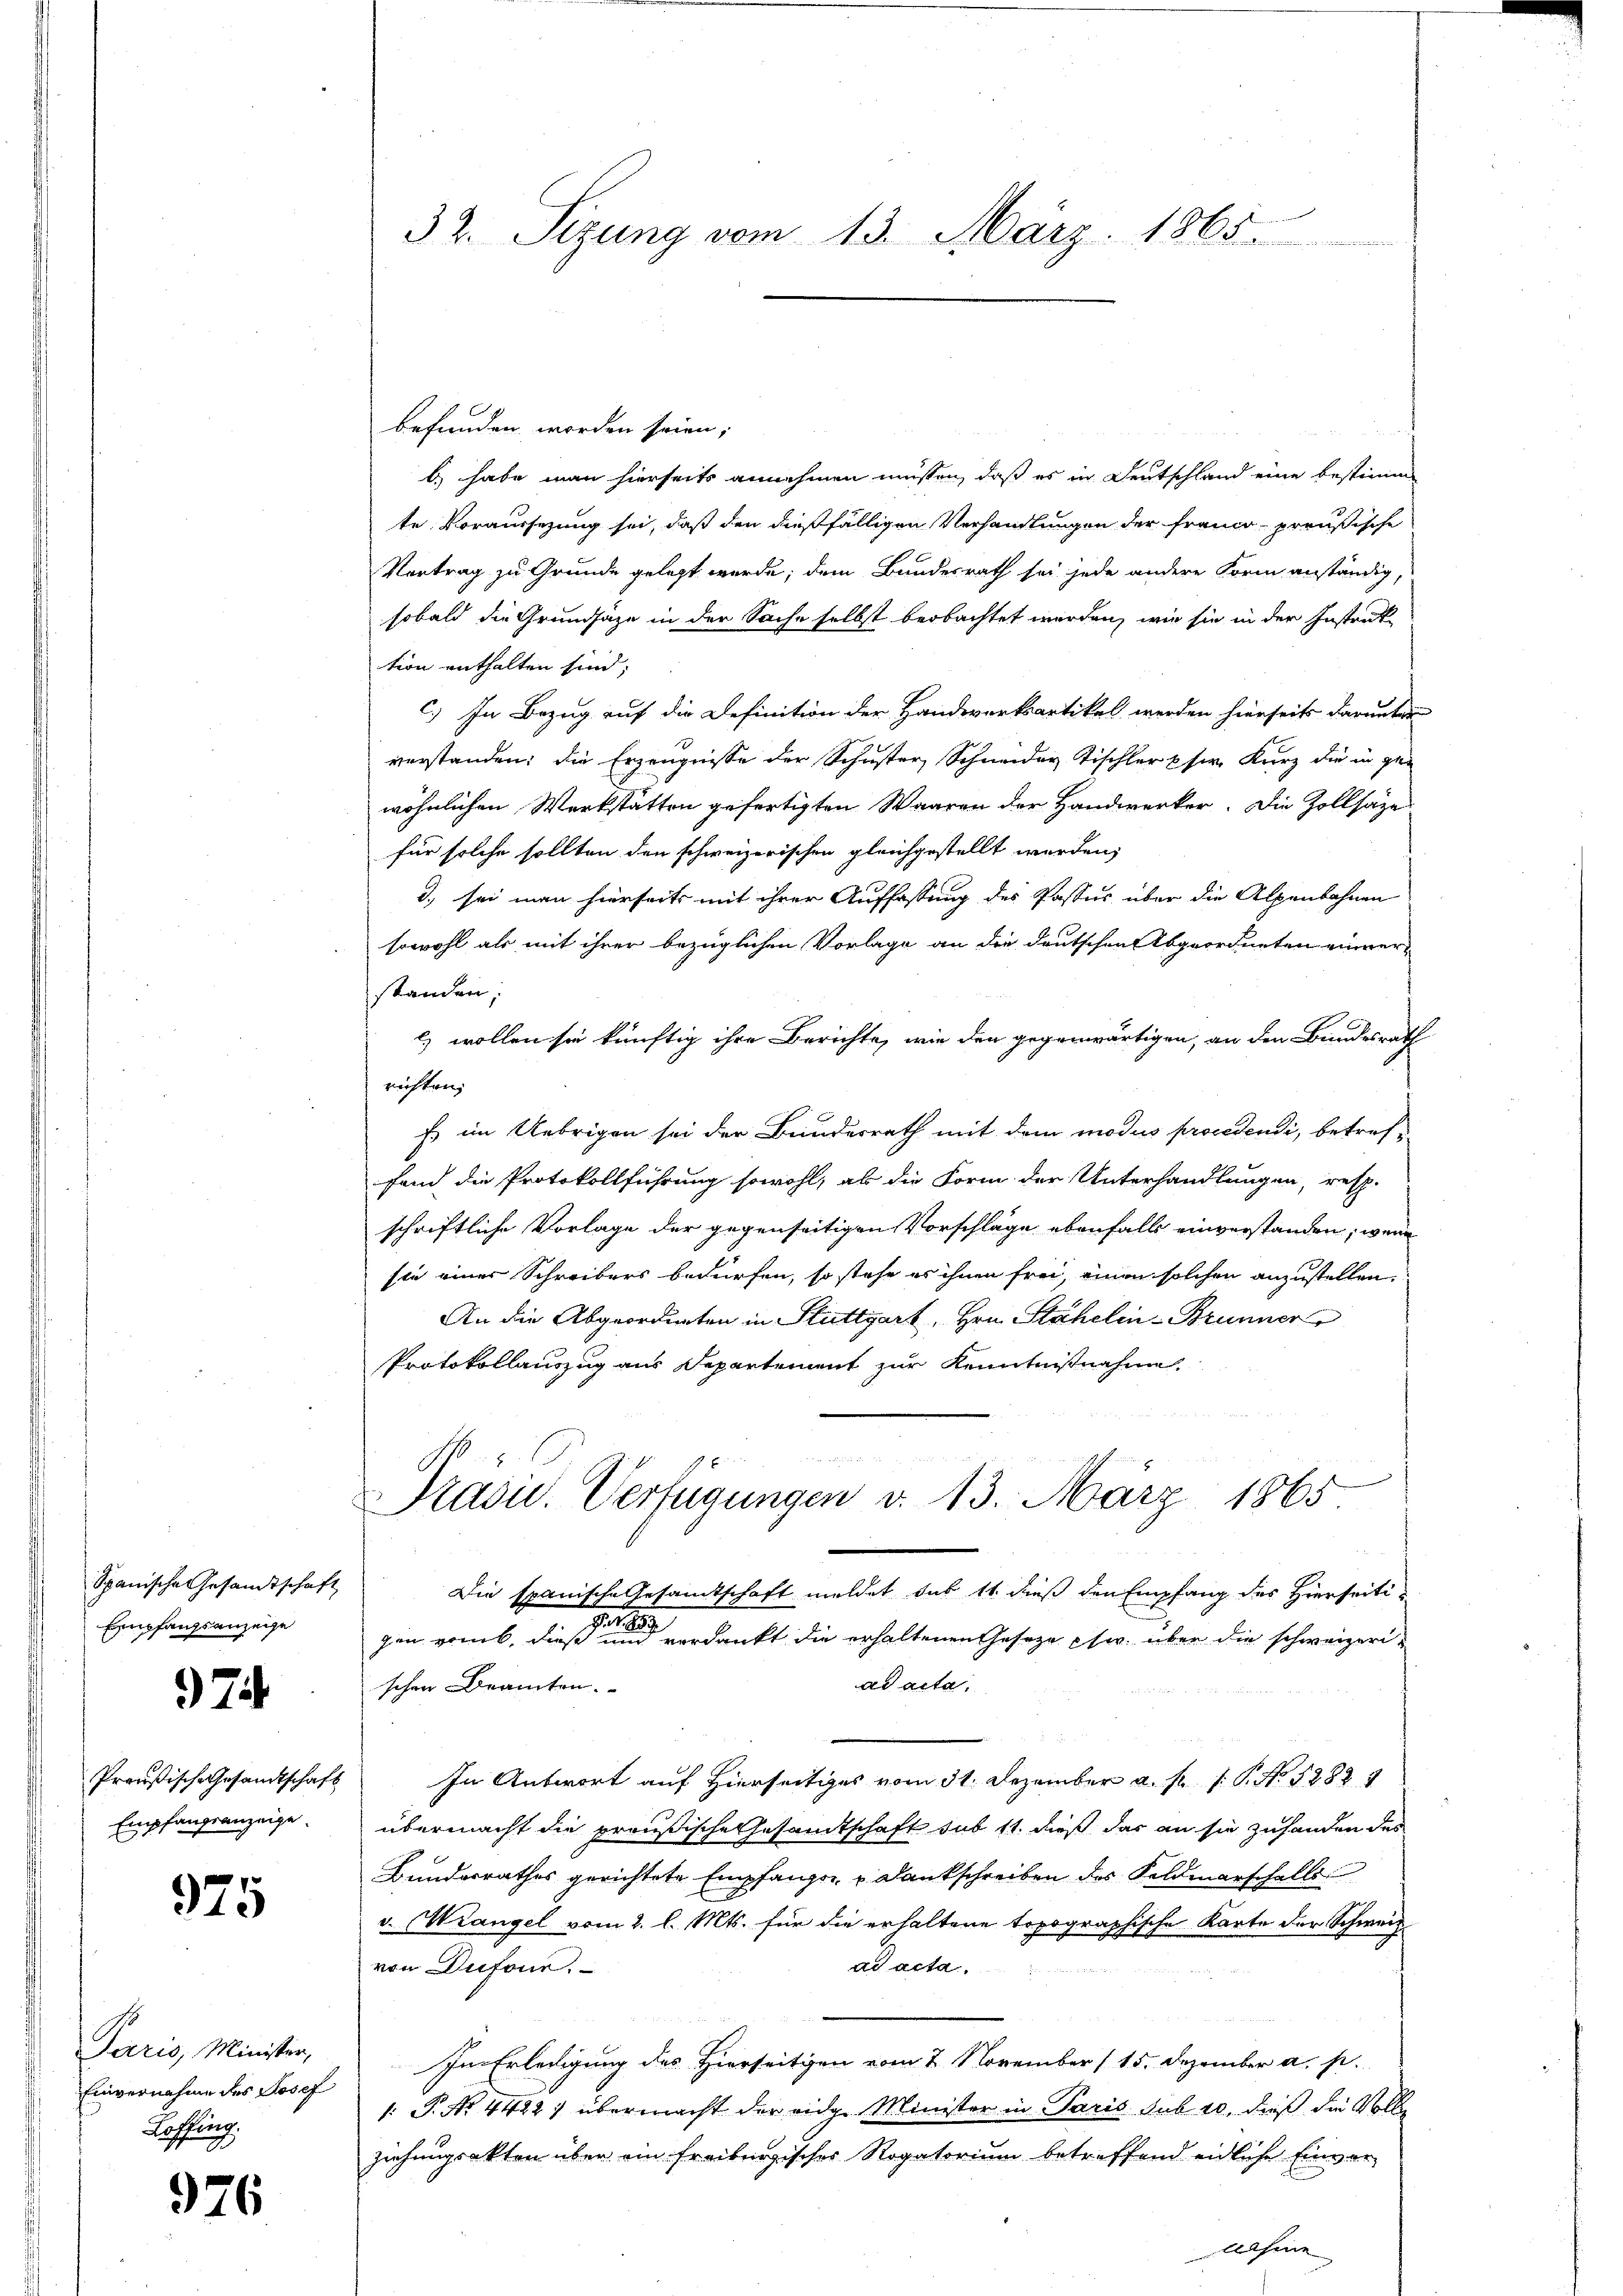
Spanische Gesamtschaft
Empfangsanzeige

974

Preußische Gesandtschaft
Empfangsanzeige.

975

Paris, Minister,
Einvernahme des Josef
Loffing.

926

32. Sizung vom 13. März 1865.

befunden worden seien;
b) habe man hierseits annehmen müssen, daß es in Deutschland eine bestimm
te Voraussezung sei, daß den dießfälligen Verhandlungen der Franco preußische
Vertrag zu Grunde gelegt werde; dem Bundesrath sei jede andere Form anständig,
sobald die Grundsaze in der Sache selbst beobachtet werden, wie sie in der Instrak
tion enthalten sind;
c.) In Bezug auf die Definition der Handwerksartikel werden hierseits darunter
verstanden; die Erzeugnisse der Schuster, Schneider Tischler & sr. Kurz die in ge-
wöhnlichen Werkstatten gefertigten Waaren der Handwerker. Die Zollsäze
für solche sollten den schweizerischen gleichgestellt werden,
d. sei man hierseits mit ihrer Auffassung des Passus über die Alpenbahnen
sowohl als mit ihrer bezüglichen Vorlage an die Deutschen Abgeordneten einver-
standen;
l) wollen sie künftig ihre Berichte, wie den gegenwärtigen, an den Bundesrath
richten,
Es im Uebrigen sei der Bundesrath mit dem modus procedendi, betreffand die Protokollführung sowohl, ab die Form der Unterhandlungen, resp.
schriftliche Vorlage der gegenseitigen Vorschläge ebenfalls einverstanden; wenn
sie einer Schreibers bedürfen, so stehe es ihnen frei, einen solchen anzustellen,
An die Abgeordneten in Stuttgart, Hrn. Stähelin-Brunner
Protokollauszug aus Departement zur Kenntnißnahme

Präsid. Verfügungen d. 13. März 1865
Die spanische Gesamtschaft meldet sub 11. dieß den Empfang des Hierseitin
gen vonab, dieß und verdankt die erhaltenen Gesetze ew. über die schweizeriad acta.
schen Beamten.
  Bohlenen
In Antwort auf Hierseitiges vom 31. Dezember a. f. 1 P. Nr. 12829
übermacht die preußische Gesandtschaft sub 11. dieß das an sie zuhanden des
Bundesrathes gerichtete Empfangen Dankschreiben des Feldmarschalls
v. Wangel vom 2. l. Mts. für die erhaltene topographische Karte der Schweiz
von Dufonn.
ad acta.
Im Erledigung des Hierseitigen vom 2. November (15. Dezember a. p.
: P. Nr. 4422) übermacht der eidg. Minister in Paris sub 10, dieß die Volle
ziehungsakten über ein freiburgisches Rogatorium betreffend eidliche Einver¬
Chine